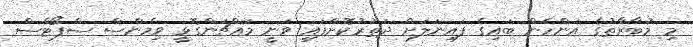
މި މުބާރާތުގެ އަންހެން ބައިގެ ފައިނަލަށް ދަތުރުކޮށްފައި ވަނީ މައްޗަންގޮޅީ ވިމެންސް ސްޕޯޓްސް